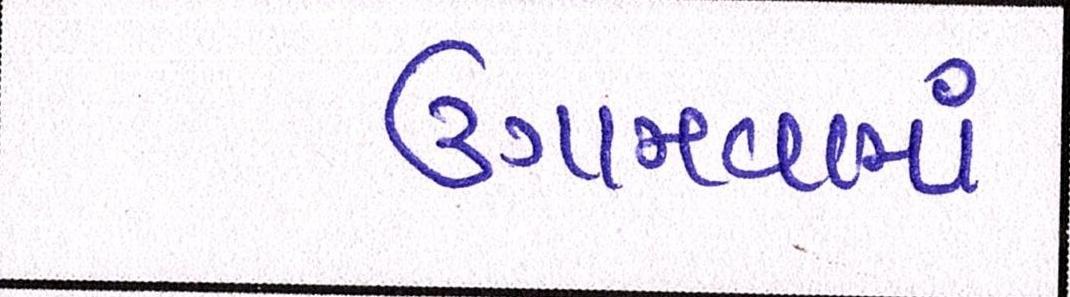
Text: ઉગામવામાં